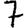
Digit: 7